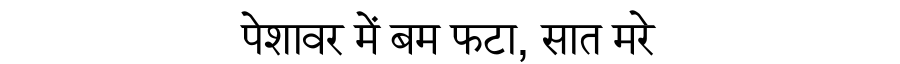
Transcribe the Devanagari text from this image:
पेशावर में बम फटा, सात मरे